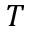
T